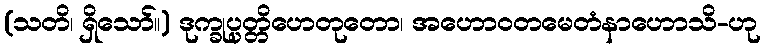
(သတိ၊ ရှိသော်။) ဒုက္ခုပ္ပတ္တိဟေတုတော၊ အဟောဝတမေတံနာဟောသိ-ဟု